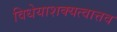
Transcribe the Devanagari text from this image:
विधेयाशक्यत्वात्तव